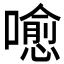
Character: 𡀍